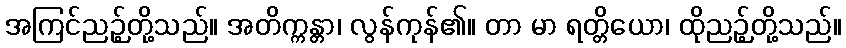
အကြင်ညဉ့်တို့သည်။ အတိက္ကန္တာ၊ လွန်ကုန်၏။ တာ မာ ရတ္တိယော၊ ထိုညဉ့်တို့သည်။